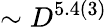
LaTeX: \sim D^{5.4(3)}